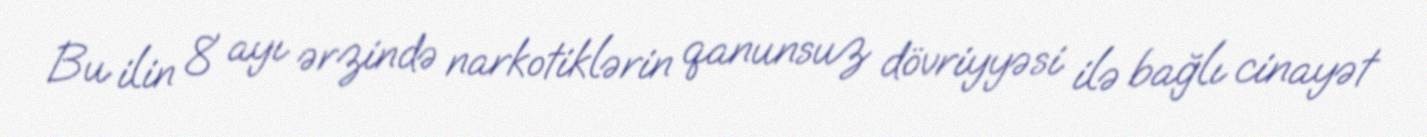
Bu ilin 8 ayı ərzində narkotiklərin qanunsuz dövriyyəsi ilə bağlı cinayət